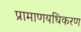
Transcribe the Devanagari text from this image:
प्रामाणयधिकरण